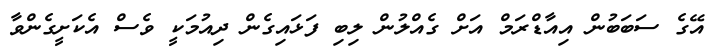
އޭގެ ސަބަބުން އިއާޑްރަމް އަށް ގެއްލުން ލިބި ފަޅައިގެން ދިއުމަކީ ވެސް އެކަށީގެންވާ